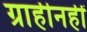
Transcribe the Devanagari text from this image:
ग्राहीनहीं